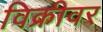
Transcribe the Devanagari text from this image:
विक्रीवर